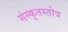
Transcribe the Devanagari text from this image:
संस्कृतस्तोत्र